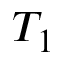
T _ { 1 }